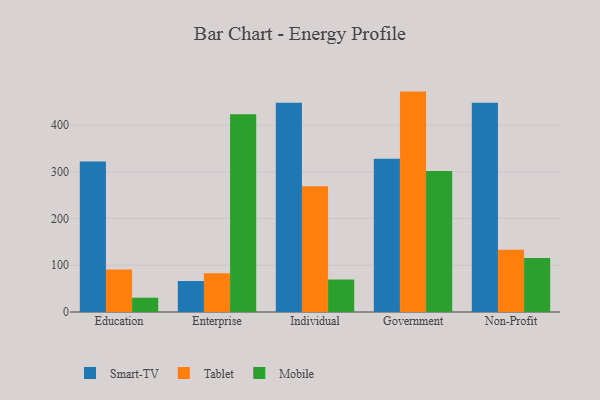
{"axis": {"x": "Segment", "y": "Waste Production (Tons)"}, "legend": ["Mobile", "Smart-TV", "Tablet"], "data": [{"x": "Education", "y": 321.9, "type": "Smart-TV"}, {"x": "Education", "y": 90.9, "type": "Tablet"}, {"x": "Education", "y": 30.6, "type": "Mobile"}, {"x": "Enterprise", "y": 66.3, "type": "Smart-TV"}, {"x": "Enterprise", "y": 83.1, "type": "Tablet"}, {"x": "Enterprise", "y": 423.3, "type": "Mobile"}, {"x": "Individual", "y": 447.9, "type": "Smart-TV"}, {"x": "Individual", "y": 269.1, "type": "Tablet"}, {"x": "Individual", "y": 69.5, "type": "Mobile"}, {"x": "Government", "y": 327.8, "type": "Smart-TV"}, {"x": "Government", "y": 471.7, "type": "Tablet"}, {"x": "Government", "y": 301.8, "type": "Mobile"}, {"x": "Non-Profit", "y": 447.7, "type": "Smart-TV"}, {"x": "Non-Profit", "y": 133.0, "type": "Tablet"}, {"x": "Non-Profit", "y": 115.6, "type": "Mobile"}]}